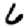
Digit: 6